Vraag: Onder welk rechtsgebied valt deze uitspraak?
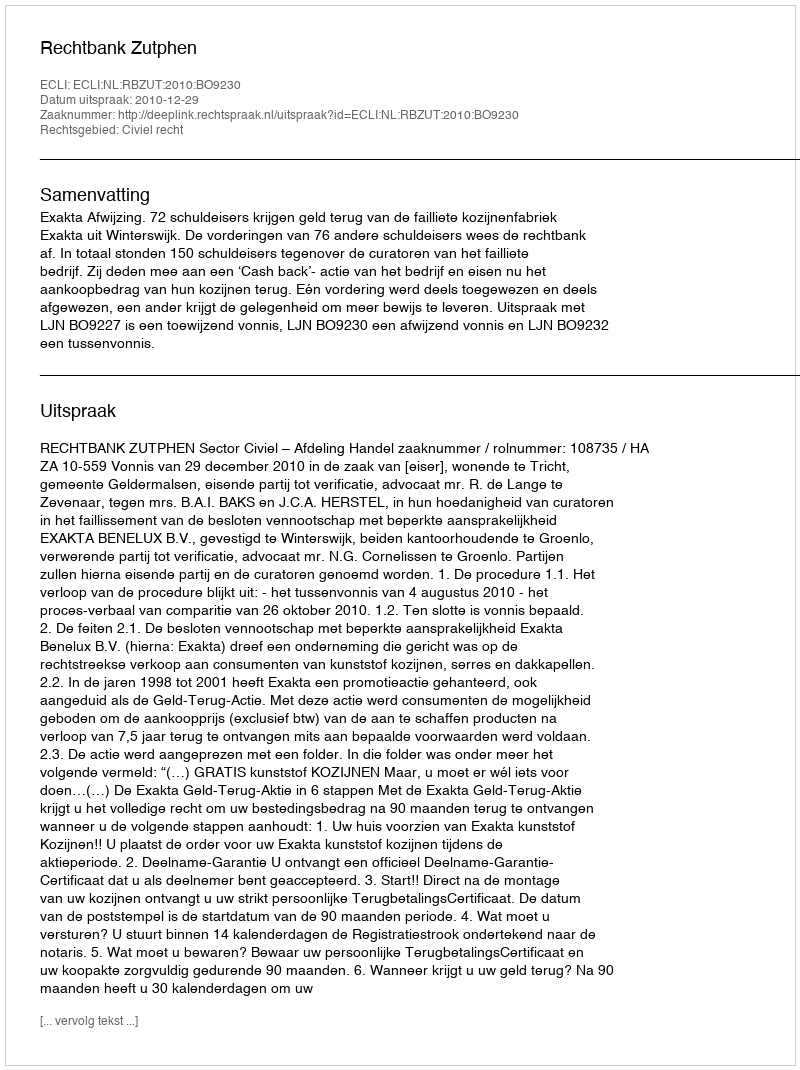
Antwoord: Civiel recht